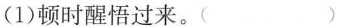
(1)顿时醒悟过来。( )